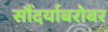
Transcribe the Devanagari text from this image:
सौंदर्याबरोबर